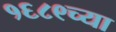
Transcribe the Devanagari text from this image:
१६८९च्या